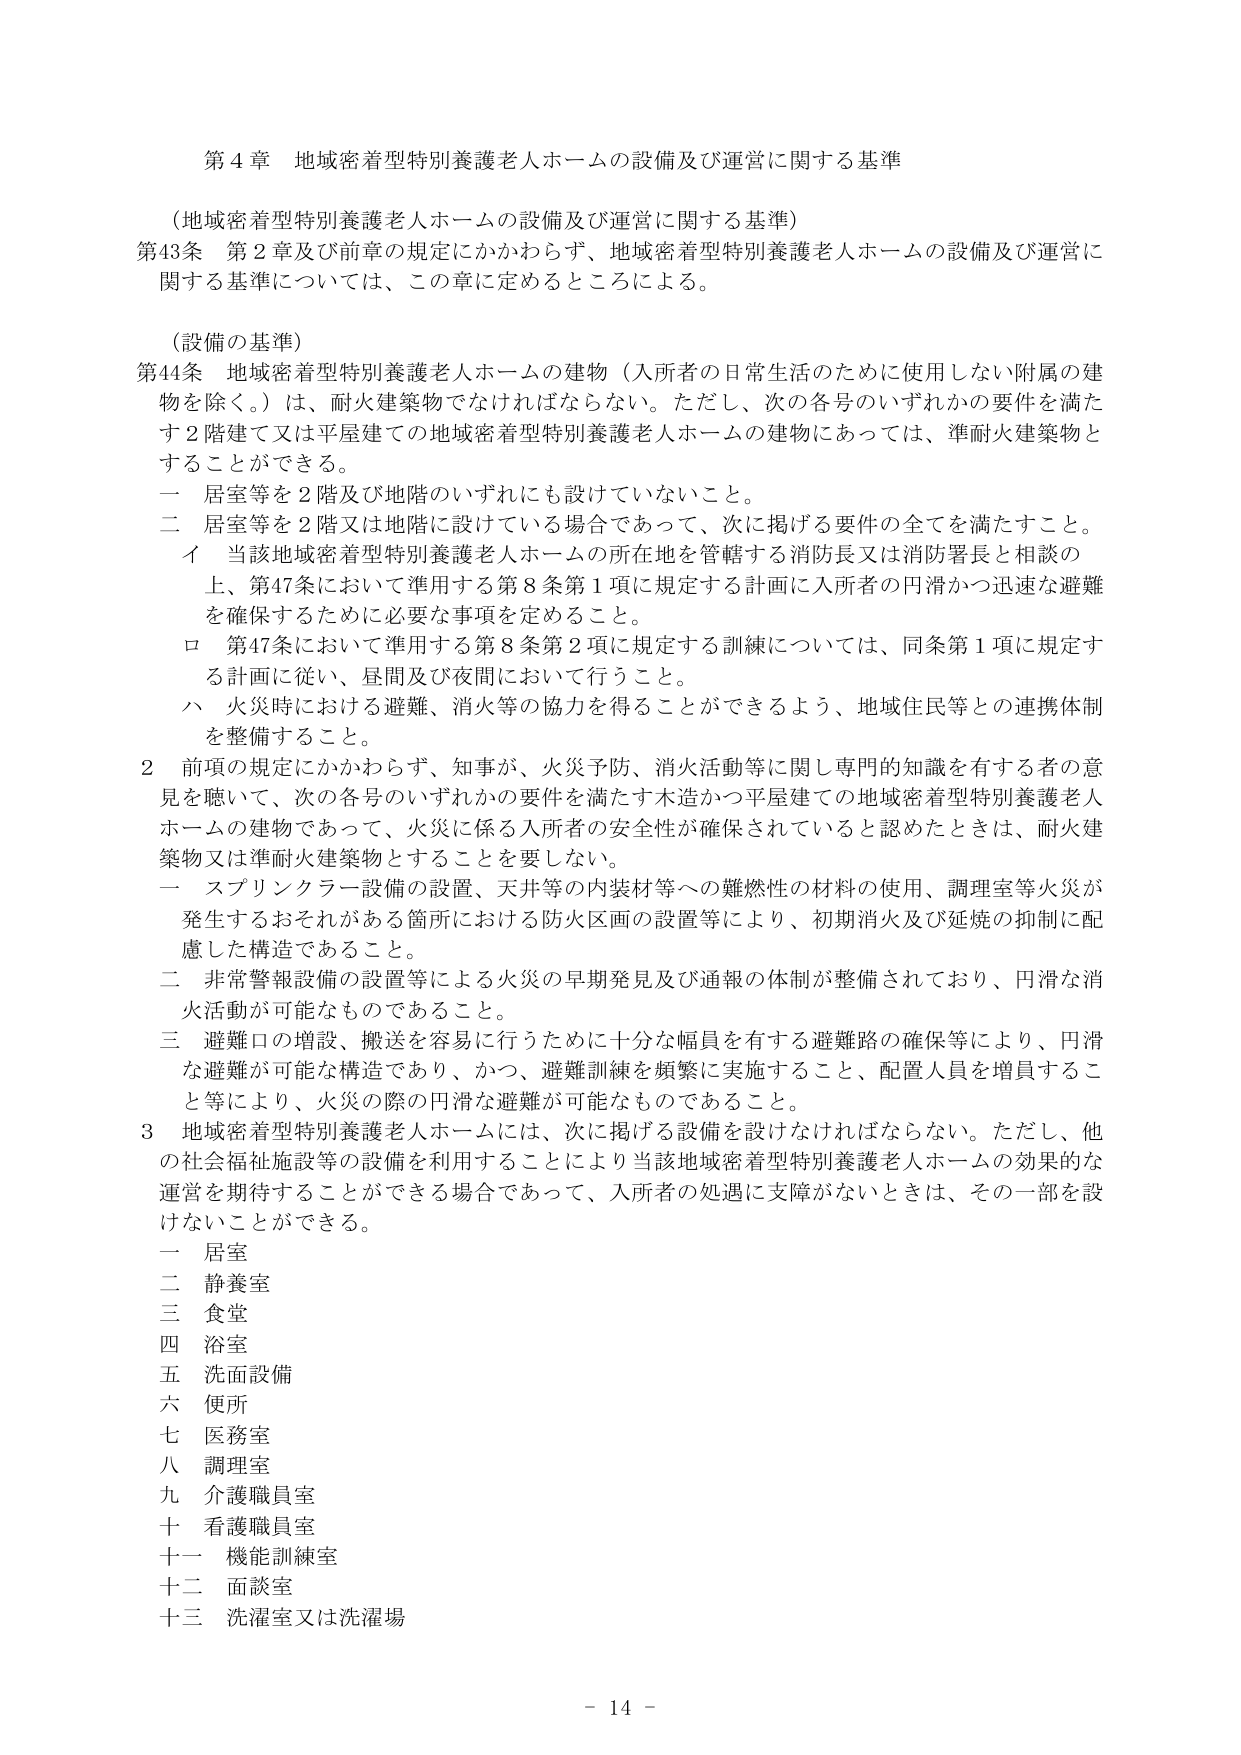
第４章 地域密着型特別養護老人ホームの設備及び運営に関する基準

（地域密着型特別養護老人ホームの設備及び運営に関する基準）
第43条 第２章及び前章の規定にかかわらず、地域密着型特別養護老人ホームの設備及び運営に関する基準については、この章に定めるところによる。

（設備の基準）
第44条 地域密着型特別養護老人ホームの建物（入所者の日常生活のために使用しない附属の建物を除く。）は、耐火建築物でなければならない。ただし、次の各号のいずれかの要件を満たす２階建て又は平屋建ての地域密着型特別養護老人ホームの建物にあっては、準耐火建築物とすることができる。
一 居室等を２階及び地階のいずれにも設けていないこと。
二 居室等を２階又は地階に設けている場合であって、次に掲げる要件の全てを満たすこと。
　イ 当該地域密着型特別養護老人ホームの所在地を管轄する消防長又は消防署長と相談の上、第47条において準用する第８条第１項に規定する計画に入所者の円滑かつ迅速な避難を確保するために必要な事項を定めること。
　ロ 第47条において準用する第８条第２項に規定する訓練については、同条第１項に規定する計画に従い、昼間及び夜間において行うこと。
　ハ 火災時における避難、消火等の協力を得ることができるように、地域住民等との連携体制を整備すること。
２ 前項の規定にかかわらず、知事が、火災予防、消火活動等に関し専門的知識を有する者の意見を聴いて、次の各号のいずれかの要件を満たす木造かつ平屋建ての地域密着型特別養護老人ホームの建物であって、火災に係る入所者の安全性が確保されていると認めたときは、耐火建築物又は準耐火建築物とすることを要しない。
一 スプリンクラー設備の設置、天井等の内装材等への難燃性の材料の使用、調理室等火災が発生するおそれがある箇所における防火区画の設置等により、初期消火及び延焼の抑制に配慮した構造であること。
二 非常警報設備の設置等による火災の早期発見及び通報の体制が整備されており、円滑な消火活動が可能なものであること。
三 避難口の増設、搬送を容易に行うために十分な幅員を有する避難路の確保等により、円滑な避難が可能な構造であり、かつ、避難訓練を頻繁に実施すること、配置人員を増員すること等により、火災の際の円滑な避難が可能なものであること。
３ 地域密着型特別養護老人ホームには、次に掲げる設備を設けなければならない。ただし、他の社会福祉施設等の設備を利用することにより当該地域密着型特別養護老人ホームの効果的な運営を期待することができる場合であって、入所者の処遇に支障がないときは、その一部を設けないことができる。
一 居室
二 静養室
三 食堂
四 浴室
五 洗面設備
六 便所
七 医務室
八 調理室
九 介護職員室
十 看護職員室
十一 機能訓練室
十二 面談室
十三 洗濯室又は洗濯場

- 14 -